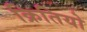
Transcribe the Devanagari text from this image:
क्रितियो